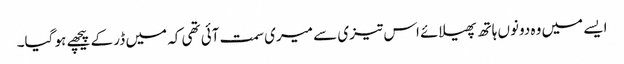
ایسے میں وہ دونوں ہاتھ پھیلائے اس تیزی سے میری سمت آئی تھی کہ میں ڈر کے پیچھے ہو گیا۔